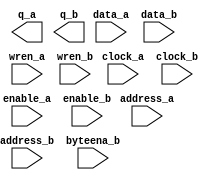
// megafunction wizard: %RAM: 2-PORT%VBB%
// GENERATION: STANDARD
// VERSION: WM1.0
// MODULE: altsyncram 

// ============================================================
// Megafunction Name(s):
// 			altsyncram
//
// Simulation Library Files(s):
// 			altera_mf
// ============================================================
// ************************************************************
// THIS IS A WIZARD-GENERATED FILE. DO NOT EDIT THIS FILE!
//
// 11.1 Build 259 01/25/2012 SP 2 SJ Web Edition
// ************************************************************

//Copyright (C) 1991-2011 Altera Corporation
//Your use of Altera Corporation's design tools, logic functions 
//and other software and tools, and its AMPP partner logic 
//functions, and any output files from any of the foregoing 
//(including device programming or simulation files), and any 
//associated documentation or information are expressly subject 
//to the terms and conditions of the Altera Program License 
//Subscription Agreement, Altera MegaCore Function License 
//Agreement, or other applicable license agreement, including, 
//without limitation, that your use is for the sole purpose of 
//programming logic devices manufactured by Altera and sold by 
//Altera or its authorized distributors.  Please refer to the 
//applicable agreement for further details.

module ram2port_inst_data (
	address_a,
	address_b,
	byteena_b,
	clock_a,
	clock_b,
	data_a,
	data_b,
	enable_a,
	enable_b,
	wren_a,
	wren_b,
	q_a,
	q_b);

	input	[10:0]  address_a;
	input	[10:0]  address_b;
	input	[3:0]  byteena_b;
	input	  clock_a;
	input	  clock_b;
	input	[31:0]  data_a;
	input	[31:0]  data_b;
	input	  enable_a;
	input	  enable_b;
	input	  wren_a;
	input	  wren_b;
	output	[31:0]  q_a;
	output	[31:0]  q_b;
`ifndef ALTERA_RESERVED_QIS
// synopsys translate_off
`endif
	tri1	[3:0]  byteena_b;
	tri1	  clock_a;
	tri1	  enable_a;
	tri1	  enable_b;
	tri0	  wren_a;
	tri0	  wren_b;
`ifndef ALTERA_RESERVED_QIS
// synopsys translate_on
`endif

endmodule

// ============================================================
// CNX file retrieval info
// ============================================================
// Retrieval info: PRIVATE: ADDRESSSTALL_A NUMERIC "0"
// Retrieval info: PRIVATE: ADDRESSSTALL_B NUMERIC "0"
// Retrieval info: PRIVATE: BYTEENA_ACLR_A NUMERIC "0"
// Retrieval info: PRIVATE: BYTEENA_ACLR_B NUMERIC "0"
// Retrieval info: PRIVATE: BYTE_ENABLE_A NUMERIC "0"
// Retrieval info: PRIVATE: BYTE_ENABLE_B NUMERIC "1"
// Retrieval info: PRIVATE: BYTE_SIZE NUMERIC "8"
// Retrieval info: PRIVATE: BlankMemory NUMERIC "0"
// Retrieval info: PRIVATE: CLOCK_ENABLE_INPUT_A NUMERIC "1"
// Retrieval info: PRIVATE: CLOCK_ENABLE_INPUT_B NUMERIC "1"
// Retrieval info: PRIVATE: CLOCK_ENABLE_OUTPUT_A NUMERIC "1"
// Retrieval info: PRIVATE: CLOCK_ENABLE_OUTPUT_B NUMERIC "1"
// Retrieval info: PRIVATE: CLRdata NUMERIC "0"
// Retrieval info: PRIVATE: CLRq NUMERIC "0"
// Retrieval info: PRIVATE: CLRrdaddress NUMERIC "0"
// Retrieval info: PRIVATE: CLRrren NUMERIC "0"
// Retrieval info: PRIVATE: CLRwraddress NUMERIC "0"
// Retrieval info: PRIVATE: CLRwren NUMERIC "0"
// Retrieval info: PRIVATE: Clock NUMERIC "5"
// Retrieval info: PRIVATE: Clock_A NUMERIC "0"
// Retrieval info: PRIVATE: Clock_B NUMERIC "0"
// Retrieval info: PRIVATE: ECC NUMERIC "0"
// Retrieval info: PRIVATE: ECC_PIPELINE_STAGE NUMERIC "0"
// Retrieval info: PRIVATE: IMPLEMENT_IN_LES NUMERIC "0"
// Retrieval info: PRIVATE: INDATA_ACLR_B NUMERIC "0"
// Retrieval info: PRIVATE: INDATA_REG_B NUMERIC "1"
// Retrieval info: PRIVATE: INIT_FILE_LAYOUT STRING "PORT_A"
// Retrieval info: PRIVATE: INIT_TO_SIM_X NUMERIC "0"
// Retrieval info: PRIVATE: INTENDED_DEVICE_FAMILY STRING "Cyclone III"
// Retrieval info: PRIVATE: JTAG_ENABLED NUMERIC "0"
// Retrieval info: PRIVATE: JTAG_ID STRING "NONE"
// Retrieval info: PRIVATE: MAXIMUM_DEPTH NUMERIC "0"
// Retrieval info: PRIVATE: MEMSIZE NUMERIC "65536"
// Retrieval info: PRIVATE: MEM_IN_BITS NUMERIC "0"
// Retrieval info: PRIVATE: MIFfilename STRING "insts_data.mif"
// Retrieval info: PRIVATE: OPERATION_MODE NUMERIC "3"
// Retrieval info: PRIVATE: OUTDATA_ACLR_B NUMERIC "0"
// Retrieval info: PRIVATE: OUTDATA_REG_B NUMERIC "0"
// Retrieval info: PRIVATE: RAM_BLOCK_TYPE NUMERIC "0"
// Retrieval info: PRIVATE: READ_DURING_WRITE_MODE_MIXED_PORTS NUMERIC "2"
// Retrieval info: PRIVATE: READ_DURING_WRITE_MODE_PORT_A NUMERIC "3"
// Retrieval info: PRIVATE: READ_DURING_WRITE_MODE_PORT_B NUMERIC "4"
// Retrieval info: PRIVATE: REGdata NUMERIC "1"
// Retrieval info: PRIVATE: REGq NUMERIC "0"
// Retrieval info: PRIVATE: REGrdaddress NUMERIC "0"
// Retrieval info: PRIVATE: REGrren NUMERIC "0"
// Retrieval info: PRIVATE: REGwraddress NUMERIC "1"
// Retrieval info: PRIVATE: REGwren NUMERIC "1"
// Retrieval info: PRIVATE: SYNTH_WRAPPER_GEN_POSTFIX STRING "0"
// Retrieval info: PRIVATE: USE_DIFF_CLKEN NUMERIC "0"
// Retrieval info: PRIVATE: UseDPRAM NUMERIC "1"
// Retrieval info: PRIVATE: VarWidth NUMERIC "0"
// Retrieval info: PRIVATE: WIDTH_READ_A NUMERIC "32"
// Retrieval info: PRIVATE: WIDTH_READ_B NUMERIC "32"
// Retrieval info: PRIVATE: WIDTH_WRITE_A NUMERIC "32"
// Retrieval info: PRIVATE: WIDTH_WRITE_B NUMERIC "32"
// Retrieval info: PRIVATE: WRADDR_ACLR_B NUMERIC "0"
// Retrieval info: PRIVATE: WRADDR_REG_B NUMERIC "1"
// Retrieval info: PRIVATE: WRCTRL_ACLR_B NUMERIC "0"
// Retrieval info: PRIVATE: enable NUMERIC "1"
// Retrieval info: PRIVATE: rden NUMERIC "0"
// Retrieval info: LIBRARY: altera_mf altera_mf.altera_mf_components.all
// Retrieval info: CONSTANT: ADDRESS_REG_B STRING "CLOCK1"
// Retrieval info: CONSTANT: BYTEENA_REG_B STRING "CLOCK1"
// Retrieval info: CONSTANT: BYTE_SIZE NUMERIC "8"
// Retrieval info: CONSTANT: CLOCK_ENABLE_INPUT_A STRING "NORMAL"
// Retrieval info: CONSTANT: CLOCK_ENABLE_INPUT_B STRING "NORMAL"
// Retrieval info: CONSTANT: CLOCK_ENABLE_OUTPUT_A STRING "BYPASS"
// Retrieval info: CONSTANT: CLOCK_ENABLE_OUTPUT_B STRING "BYPASS"
// Retrieval info: CONSTANT: INDATA_REG_B STRING "CLOCK1"
// Retrieval info: CONSTANT: INIT_FILE STRING "insts_data.mif"
// Retrieval info: CONSTANT: INTENDED_DEVICE_FAMILY STRING "Cyclone III"
// Retrieval info: CONSTANT: LPM_TYPE STRING "altsyncram"
// Retrieval info: CONSTANT: NUMWORDS_A NUMERIC "2048"
// Retrieval info: CONSTANT: NUMWORDS_B NUMERIC "2048"
// Retrieval info: CONSTANT: OPERATION_MODE STRING "BIDIR_DUAL_PORT"
// Retrieval info: CONSTANT: OUTDATA_ACLR_A STRING "NONE"
// Retrieval info: CONSTANT: OUTDATA_ACLR_B STRING "NONE"
// Retrieval info: CONSTANT: OUTDATA_REG_A STRING "UNREGISTERED"
// Retrieval info: CONSTANT: OUTDATA_REG_B STRING "UNREGISTERED"
// Retrieval info: CONSTANT: POWER_UP_UNINITIALIZED STRING "FALSE"
// Retrieval info: CONSTANT: READ_DURING_WRITE_MODE_PORT_A STRING "NEW_DATA_NO_NBE_READ"
// Retrieval info: CONSTANT: READ_DURING_WRITE_MODE_PORT_B STRING "NEW_DATA_WITH_NBE_READ"
// Retrieval info: CONSTANT: WIDTHAD_A NUMERIC "11"
// Retrieval info: CONSTANT: WIDTHAD_B NUMERIC "11"
// Retrieval info: CONSTANT: WIDTH_A NUMERIC "32"
// Retrieval info: CONSTANT: WIDTH_B NUMERIC "32"
// Retrieval info: CONSTANT: WIDTH_BYTEENA_A NUMERIC "1"
// Retrieval info: CONSTANT: WIDTH_BYTEENA_B NUMERIC "4"
// Retrieval info: CONSTANT: WRCONTROL_WRADDRESS_REG_B STRING "CLOCK1"
// Retrieval info: USED_PORT: address_a 0 0 11 0 INPUT NODEFVAL "address_a[10..0]"
// Retrieval info: USED_PORT: address_b 0 0 11 0 INPUT NODEFVAL "address_b[10..0]"
// Retrieval info: USED_PORT: byteena_b 0 0 4 0 INPUT VCC "byteena_b[3..0]"
// Retrieval info: USED_PORT: clock_a 0 0 0 0 INPUT VCC "clock_a"
// Retrieval info: USED_PORT: clock_b 0 0 0 0 INPUT NODEFVAL "clock_b"
// Retrieval info: USED_PORT: data_a 0 0 32 0 INPUT NODEFVAL "data_a[31..0]"
// Retrieval info: USED_PORT: data_b 0 0 32 0 INPUT NODEFVAL "data_b[31..0]"
// Retrieval info: USED_PORT: enable_a 0 0 0 0 INPUT VCC "enable_a"
// Retrieval info: USED_PORT: enable_b 0 0 0 0 INPUT VCC "enable_b"
// Retrieval info: USED_PORT: q_a 0 0 32 0 OUTPUT NODEFVAL "q_a[31..0]"
// Retrieval info: USED_PORT: q_b 0 0 32 0 OUTPUT NODEFVAL "q_b[31..0]"
// Retrieval info: USED_PORT: wren_a 0 0 0 0 INPUT GND "wren_a"
// Retrieval info: USED_PORT: wren_b 0 0 0 0 INPUT GND "wren_b"
// Retrieval info: CONNECT: @address_a 0 0 11 0 address_a 0 0 11 0
// Retrieval info: CONNECT: @address_b 0 0 11 0 address_b 0 0 11 0
// Retrieval info: CONNECT: @byteena_b 0 0 4 0 byteena_b 0 0 4 0
// Retrieval info: CONNECT: @clock0 0 0 0 0 clock_a 0 0 0 0
// Retrieval info: CONNECT: @clock1 0 0 0 0 clock_b 0 0 0 0
// Retrieval info: CONNECT: @clocken0 0 0 0 0 enable_a 0 0 0 0
// Retrieval info: CONNECT: @clocken1 0 0 0 0 enable_b 0 0 0 0
// Retrieval info: CONNECT: @data_a 0 0 32 0 data_a 0 0 32 0
// Retrieval info: CONNECT: @data_b 0 0 32 0 data_b 0 0 32 0
// Retrieval info: CONNECT: @wren_a 0 0 0 0 wren_a 0 0 0 0
// Retrieval info: CONNECT: @wren_b 0 0 0 0 wren_b 0 0 0 0
// Retrieval info: CONNECT: q_a 0 0 32 0 @q_a 0 0 32 0
// Retrieval info: CONNECT: q_b 0 0 32 0 @q_b 0 0 32 0
// Retrieval info: GEN_FILE: TYPE_NORMAL ram2port_inst_data.v TRUE
// Retrieval info: GEN_FILE: TYPE_NORMAL ram2port_inst_data.inc TRUE
// Retrieval info: GEN_FILE: TYPE_NORMAL ram2port_inst_data.cmp TRUE
// Retrieval info: GEN_FILE: TYPE_NORMAL ram2port_inst_data.bsf TRUE
// Retrieval info: GEN_FILE: TYPE_NORMAL ram2port_inst_data_inst.v TRUE
// Retrieval info: GEN_FILE: TYPE_NORMAL ram2port_inst_data_bb.v TRUE
// Retrieval info: GEN_FILE: TYPE_NORMAL ram2port_inst_data_waveforms.html TRUE
// Retrieval info: GEN_FILE: TYPE_NORMAL ram2port_inst_data_wave*.jpg FALSE
// Retrieval info: LIB_FILE: altera_mf